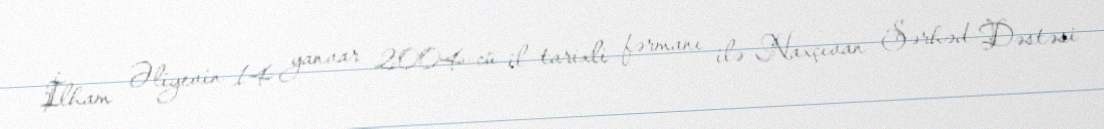
İlham Əliyevin 14 yanvar 2004-cü il tarixli fərmanı ilə Naxçıvan Sərhəd Dəstəsi